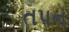
તપન